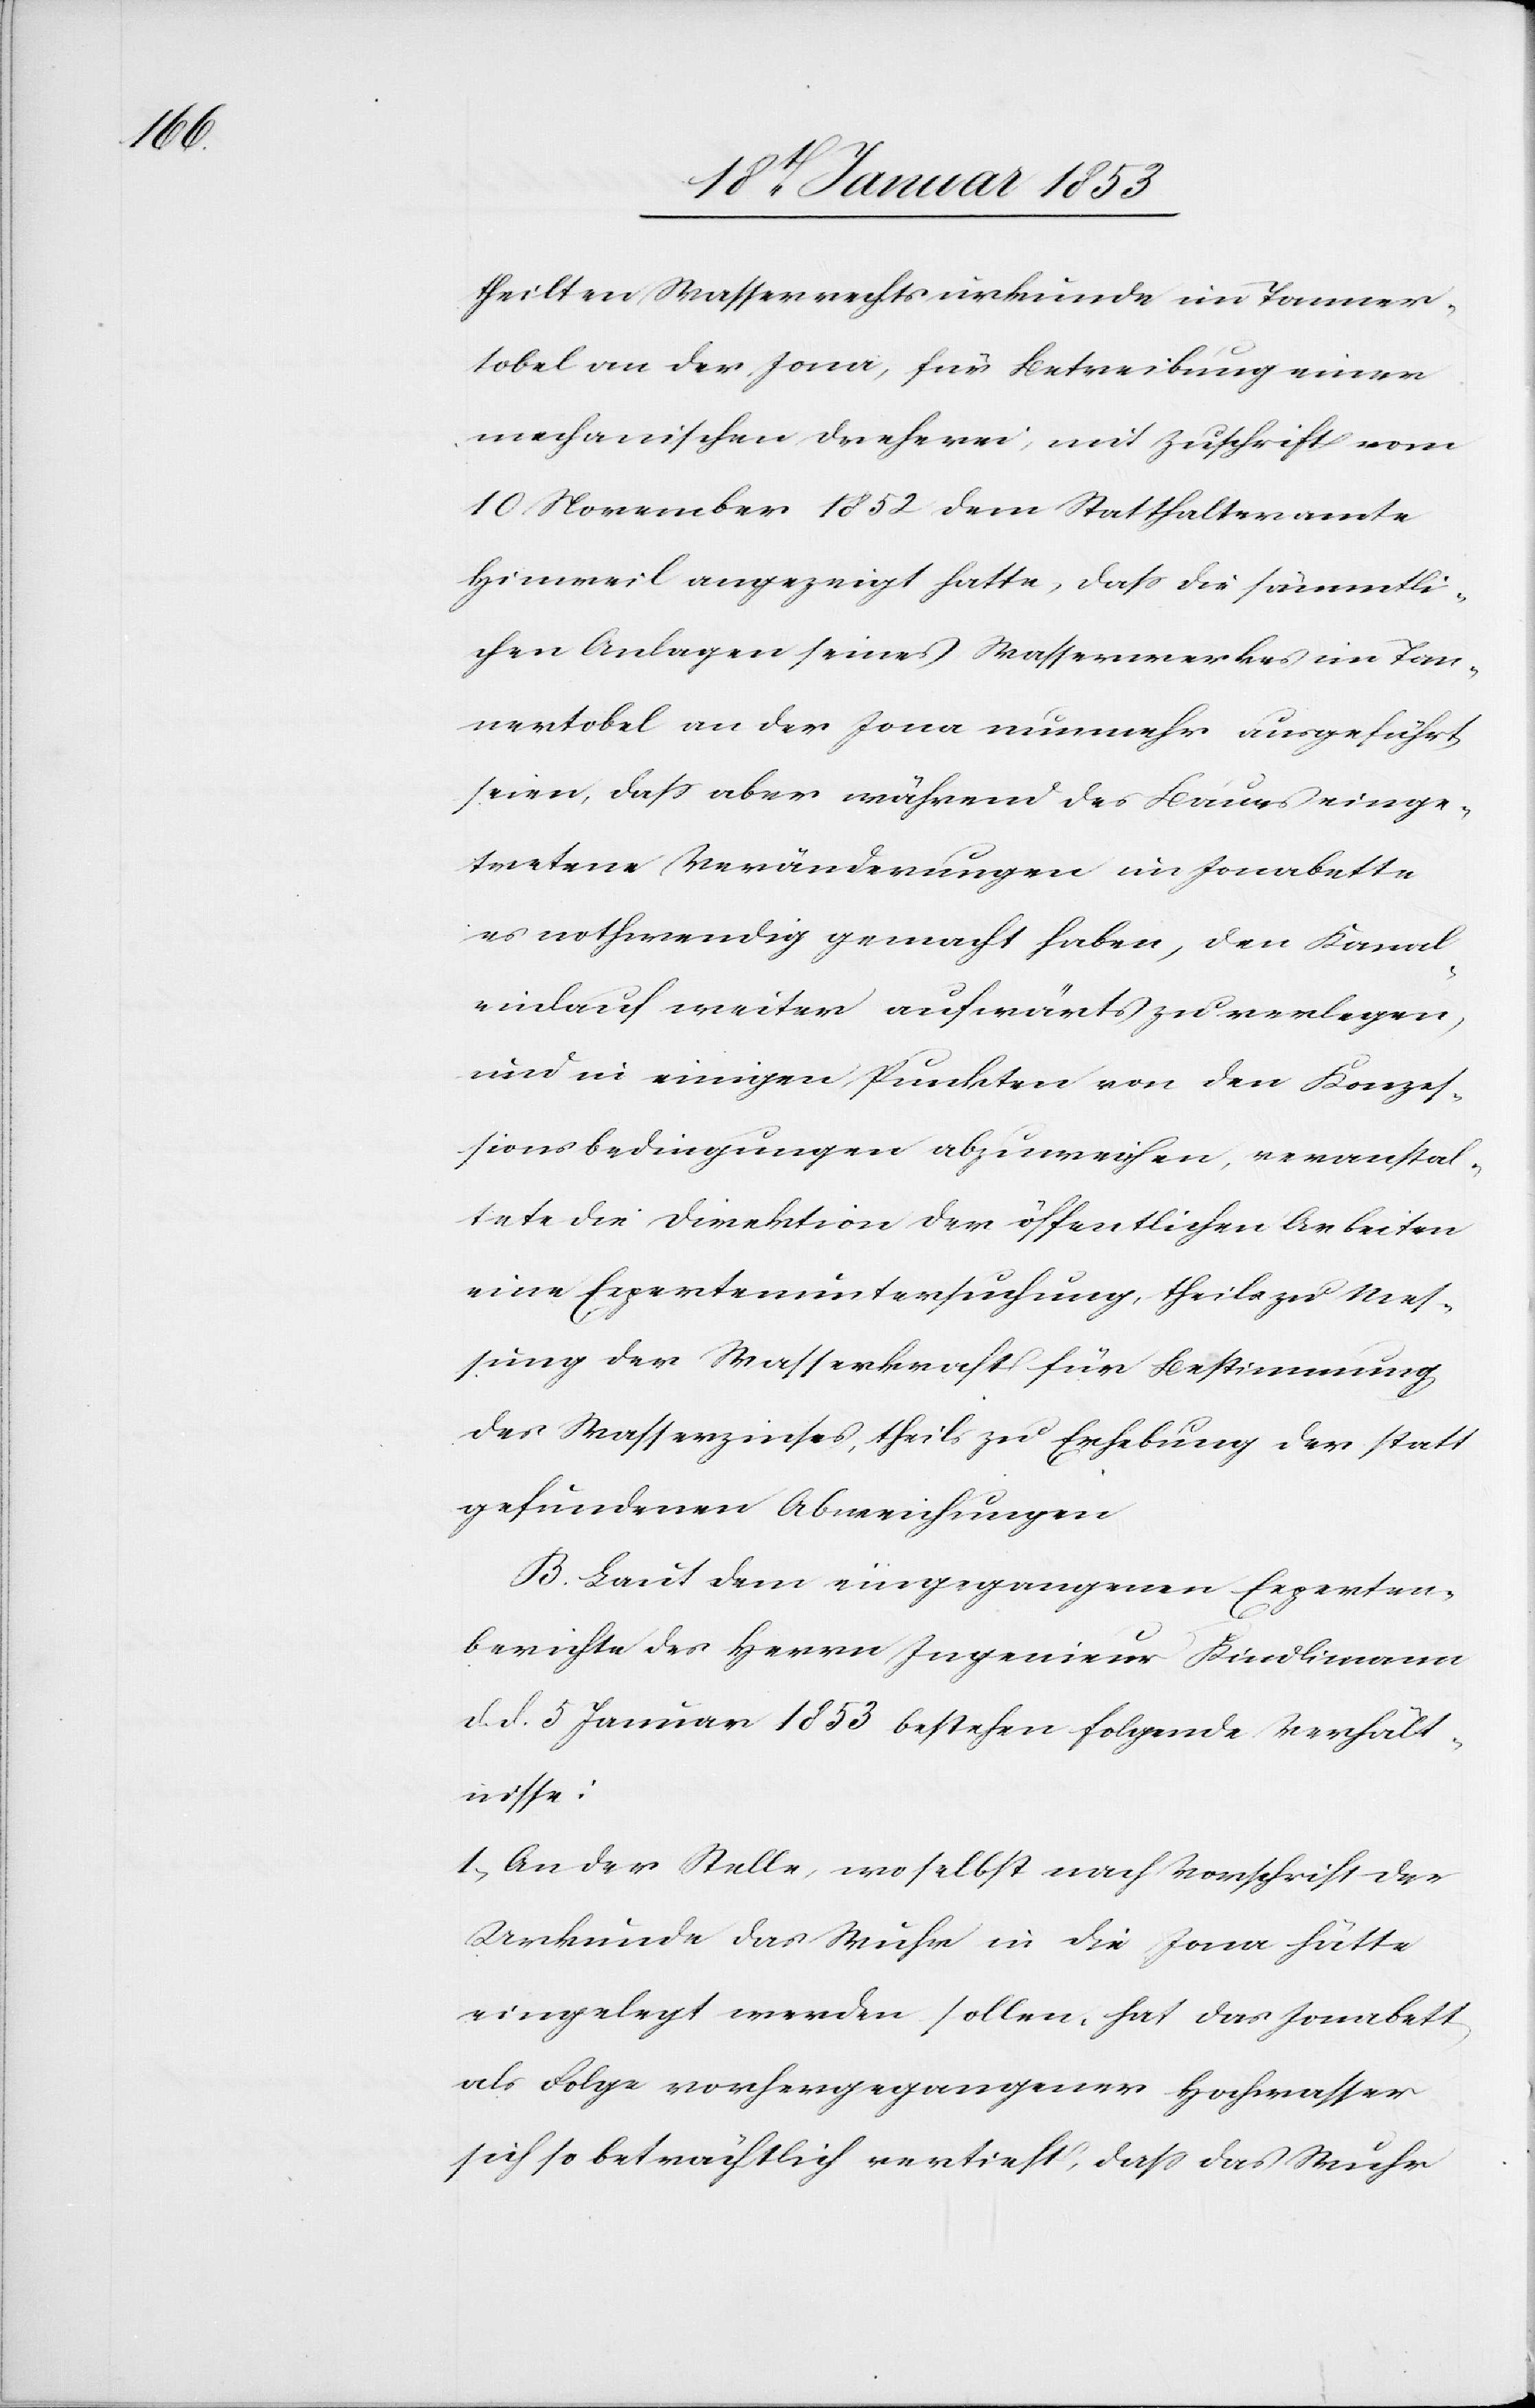
theilten Wasserrechtsurkunde im Tanner¬
tobel an der Jona, für Betreibung einer
mechanischen Dreherei, mit Zuschrift vom
10 November 1852 dem Statthalteramte
Hinweil angezeigt hatte, daß die sämmtli¬
chen Anlagen seines Wasserwerkes im Tan¬
nertobel an der Jona nunmehr ausgeführt
seien, daß aber während des Baues einge¬
tretene Veränderungen im Jonabette
es nothwendig gemacht haben, den Kanal¬
einlauf weiter aufwärts zu verlegen,
und in einigen Punkten von den Konzes¬
sionsbedingungen abzuweichen, veranstal¬
tete die Direktion der öffentlichen Arbeiten
eine Expertenuntersuchung theils zu Mes¬
sung der Wasserkraft für Bestimmung
des Wasserzinses, theils zu Erhebung der statt
gefundenen Abweichungen.
B. Laut den eingegangenen Experten¬
berichte des Herrn Ingenieur Kindlimann
d. d. 5 Januar 1853 bestehen folgende Verhält¬
nisse:
I. An der Stelle, wo selbst nach Vorschrift der
Urkunde das Wuhr in die Jona hätte
eingelegt werden sollen, hat das Jonabett
als Folge vorhergegangener Hochwasser
sich so beträchtlich vertieft, daß das Wuhr